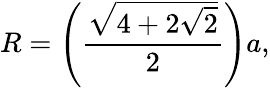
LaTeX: R=\left({\frac{\sqrt{4+2{\sqrt{2}}}}{2}}\right)a,